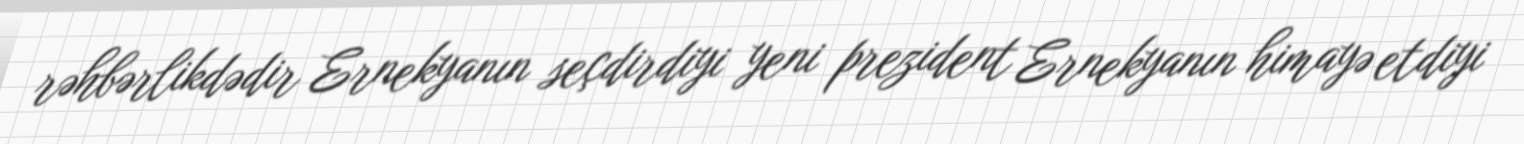
rəhbərlikdədir Ernekyanın seçdirdiyi yeni prezident Ernekyanın himayə etdiyi